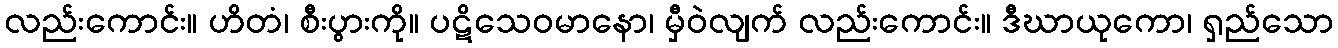
လည်းကောင်း။ ဟိတံ၊ စီးပွားကို။ ပဋိသေဝမာနော၊ မှီဝဲလျက် လည်းကောင်း။ ဒီဃာယုကော၊ ရှည်သော